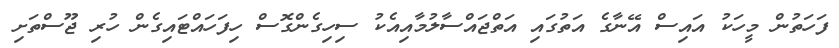
ފަހަތުން މީހަކު އައިސް އޭނާގެ އަތުގައި އަތްޖައްސާލުމާއިއެކު ސިހިގެންގޮސް ހިފަހައްޓައިގެން ހުރި ޖޫސްތަށި